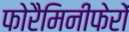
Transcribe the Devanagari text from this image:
फोरैमिनीफेरों